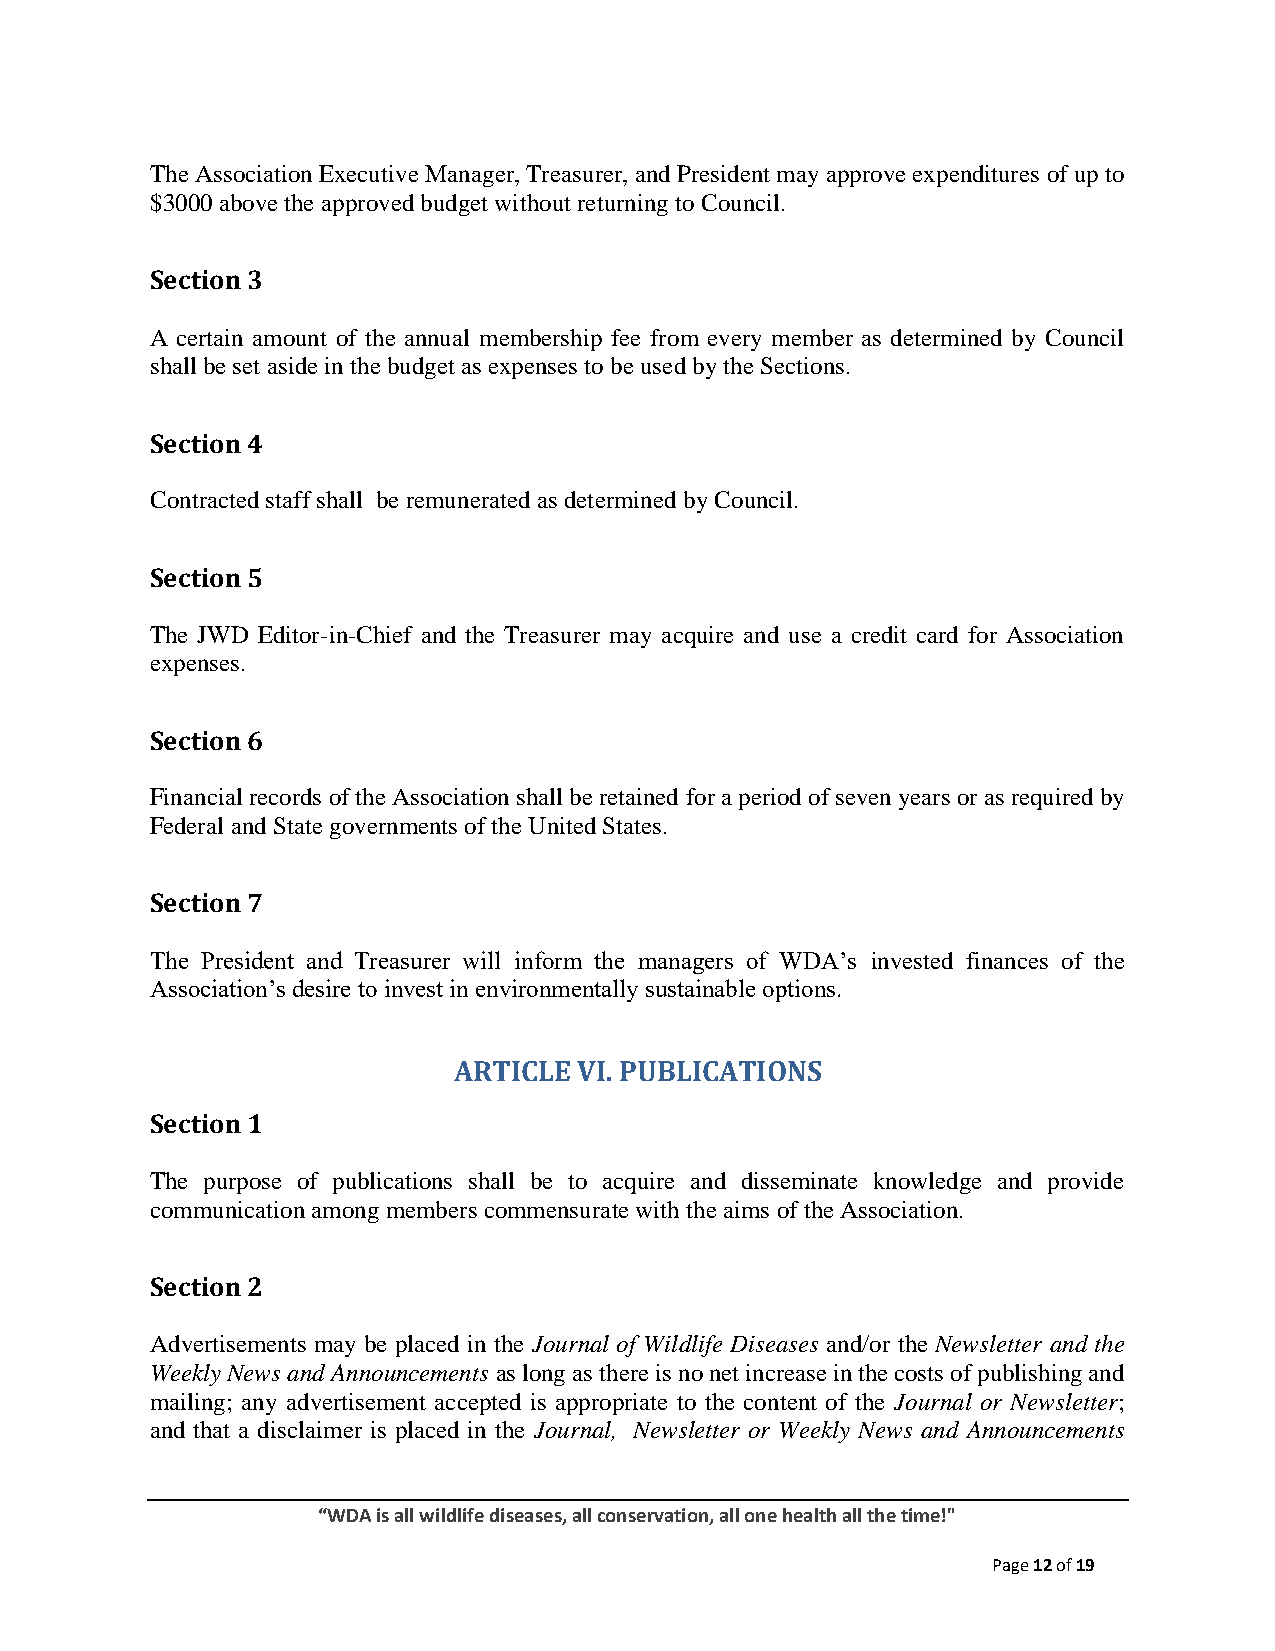
The Association Executive Manager, Treasurer, and President may approve expenditures of up to
 $3000 above the approved budget without returning to Council.
 Section 3
 A certain amount of the annual membership fee from every member as determined by Council
 shall be set aside in the budget as expenses to be used by the Sections.
 Section 4
 Contracted staff shall be remunerated as determined by Council.
 Section 5
 The JWD Editor-in-Chief and the Treasurer may acquire and use a credit card for Association
 expenses.
 Section 6
 Financial records of the Association shall be retained for a period of seven years or as required by
 Federal and State governments of the United States.
 Section 7
 The President and Treasurer will inform the managers of WDA’s invested finances of the
 Association’s desire to invest in environmentally sustainable options.
 ARTICLE VI. PUBLICATIONS
 Section 1
 The purpose of publications shall be to acquire and disseminate knowledge and provide
 communication among members commensurate with the aims of the Association.
 Section 2
 Advertisements may be placed in the Journal of Wildlife Diseases and/or the Newsletter and the
 Weekly News and Announcements as long as there is no net increase in the costs of publishing and
 mailing; any advertisement accepted is appropriate to the content of the Journal or Newsletter;
 and that a disclaimer is placed in the Journal, Newsletter or Weekly News and Announcements
 “WDA is all wildlife diseases, all conservation, all one health all the time!"
 Page 12 of 19